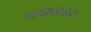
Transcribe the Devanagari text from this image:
वाक्सिनोलोजि